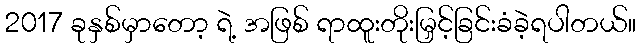
2017 ခုနှစ်မှာတော့ ရဲ့ အဖြစ် ရာထူးတိုးမြှင့်ခြင်းခံခဲ့ရပါတယ်။